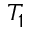
T _ { 1 }